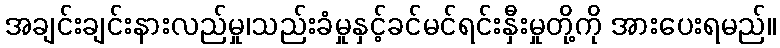
အချင်းချင်းနားလည်မှု၊သည်းခံမှုနှင့်ခင်မင်ရင်းနှီးမှုတို့ကို အားပေးရမည်။